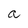
Character: a